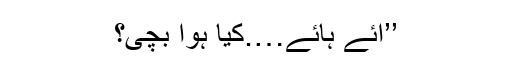
’’آئے ہائے….کیا ہوا بچی؟